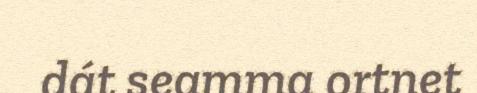
dát seamma ortnet